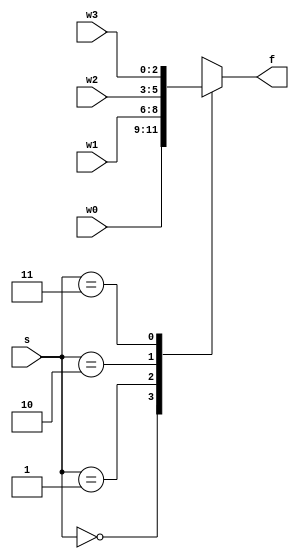
`timescale 1ns / 1ps
//////////////////////////////////////////////////////////////////////////////////
// Company: 
// Engineer: 
// 
// Design Name: 
// Module Name: mux_4x1_nbit
// Project Name: 
// Target Devices: 
// Tool Versions: 
// Description: 
// 
// Dependencies: 
// 
// Revision:
// Revision 0.01 - File Created
// Additional Comments:
// 
//////////////////////////////////////////////////////////////////////////////////

//parametrized 4x1 mux for n-bits
//by default n is 3
module mux_4x1_nbit
    #(parameter N=3)(
    input [N-1:0] w0, w1, w2, w3,
    input [1:0] s, //2-bit select
    output reg [N-1:0] f //output is a function of current inputs: combinational circuit, no sotrage elements should be included
    );
    
    always@ (w0, w1, w2, w3, s) //execute always loop whenever any of these variables change
    begin
        //structural representation 
        //f = s[1]?(s[0]? w3: w2) : (s[0]? w1: w0); //condition operator within a condition operator
        //if s[1] is true then the output is either w3 or w2 (depending on the value of s[0])
        //if s[1] is falase the output is either w1 or w0 (depending on the value of s[0])
        
        //behavioral representation
        //if-else method: advantages of this method are that it is more easily readable (order matters for if else)
        //PRIORITY ROUTING NETWORK
        //if else in an always statement vivado interprets this as a sequence of 2x1 mux connected and cascaded
//        if (s == 2'b00)
//            f = w0; //has the highest priority since 
//        else if (s == 2'b01)
//            f = w1;
//        else if (s == 2'b10)
//            f = w2;
//        else if (s == 2'b11)
//            f = w3; //lowest priority 
//        else
//            f = 'bx; //x = don;t care
            //if none of the above cases then there was a problem somewhere and we have f as a who knows how many bit don't care value
            
            
            
            
        //Case Statments:
        //parallel case: multiplexing network
        //basically a big multiplexer
        
        //default values: note they have NOTHING to do with case defaults
        f = 'bx; //if you miss a case or forget to assign f to an output it will be a don't care
                 //This is done to help avoid LATCHES in your hardware solution
        case(s)
            2'b00: f = w0;
            2'b01: f = w1;
            2'b10: f = w2;
            2'b11: f = w3;
            default f = 'bx; //default casse similar to above
        endcase
           
    end
    
endmodule